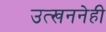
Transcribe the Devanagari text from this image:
उत्खननेही